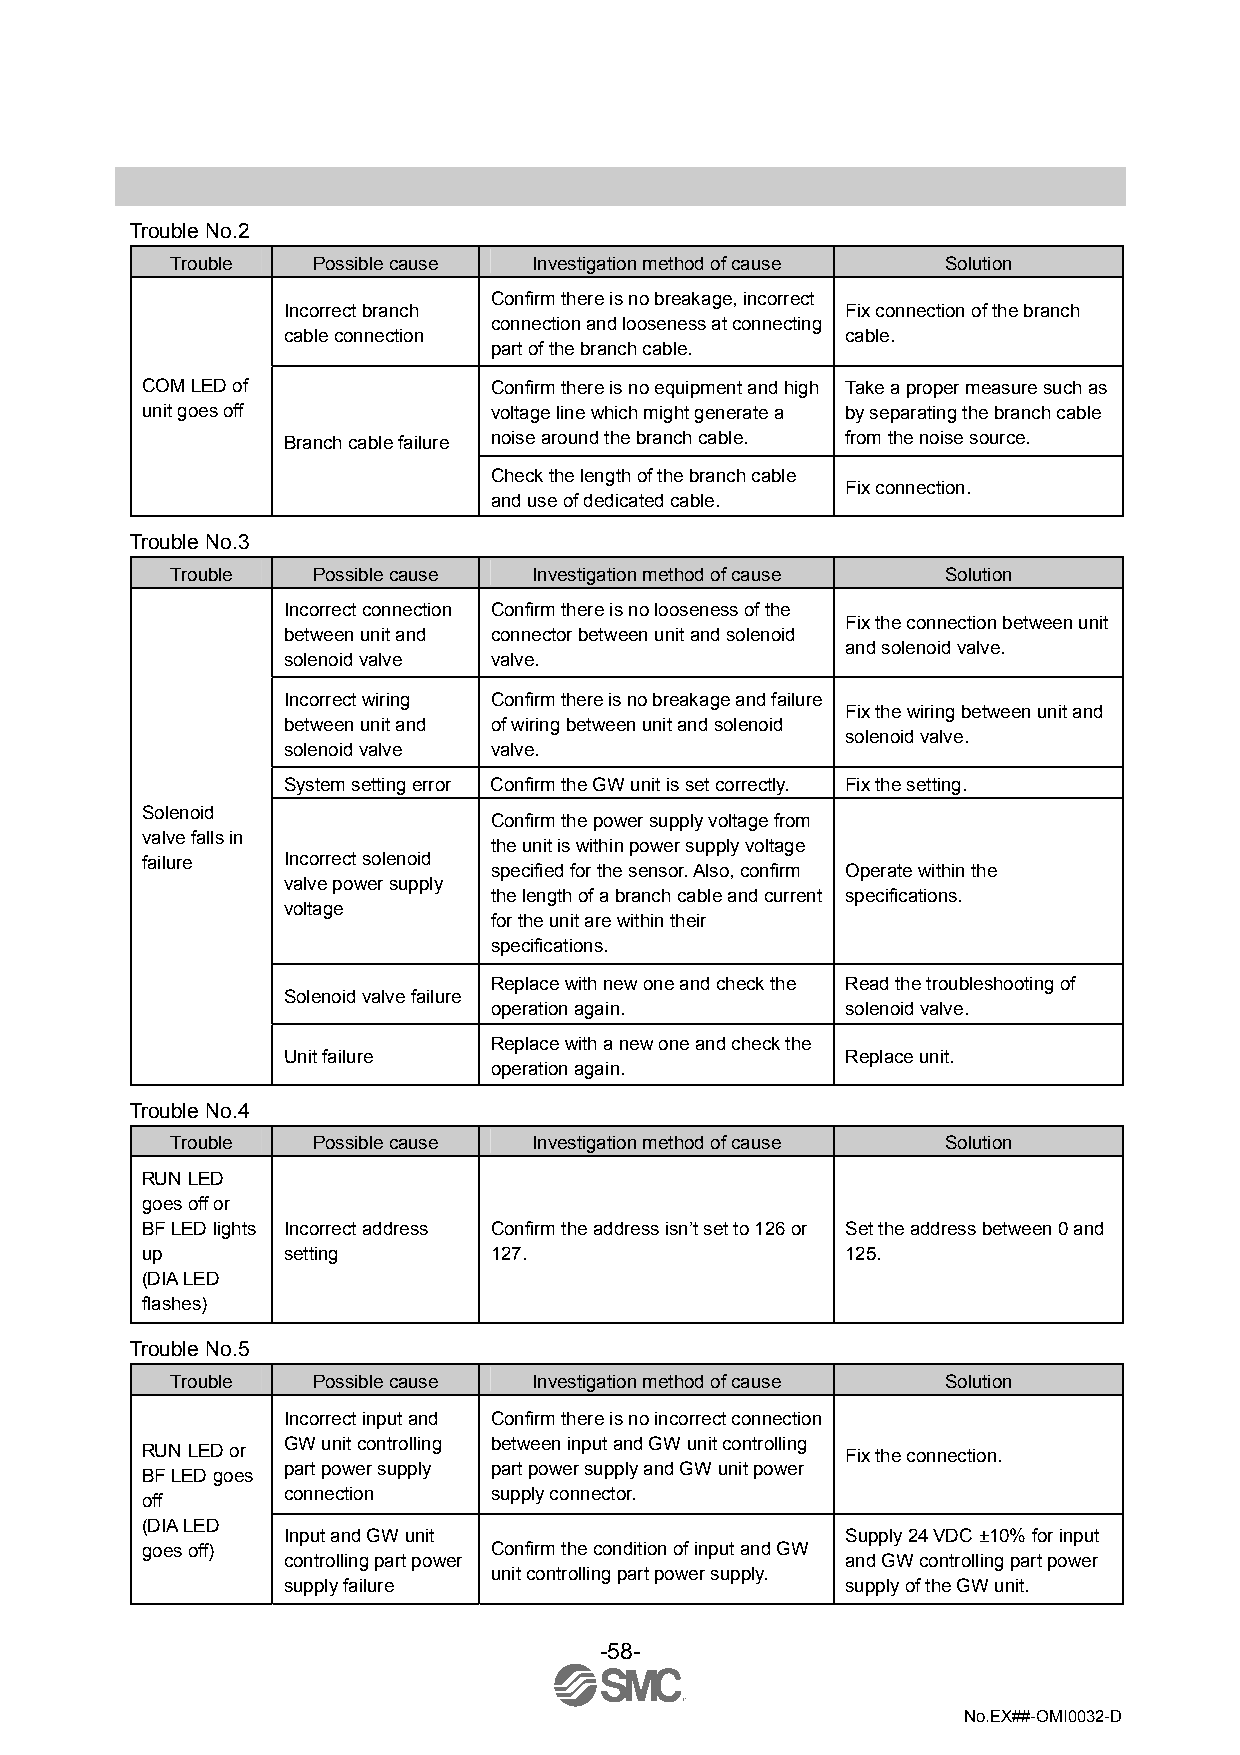
Trouble No.2
 Trouble   Possible cause Investigation method of cause Solution
 Confirm there is no breakage, incorrect
 Incorrect branch                     Fix connection of the branch
 connection and looseness at connecting
 cable connection                     cable.
 part of the branch cable.
 COM LED of             Confirm there is no equipment and high Take a proper measure such as
 unit goes off          voltage line which might generate a by separating the branch cable
 Branch cable failure noise around the branch cable. from the noise source.
 Check the length of the branch cable
 Fix connection.
 and use of dedicated cable.
 Trouble No.3
 Trouble   Possible cause Investigation method of cause Solution
 Incorrect connection Confirm there is no looseness of the
 Fix the connection between unit
 between unit and connector between unit and solenoid
 and solenoid valve.
 solenoid valve valve.
 Incorrect wiring Confirm there is no breakage and failure
 Fix the wiring between unit and
 between unit and of wiring between unit and solenoid
 solenoid valve.
 solenoid valve valve.
 System setting error Confirm the GW unit is set correctly. Fix the setting.
 Solenoid
 Confirm the power supply voltage from
 valve falls in
 the unit is within power supply voltage
 failure   Incorrect solenoid
 specified for the sensor. Also, confirm Operate within the
 valve power supply
 the length of a branch cable and current specifications.
 voltage
 for the unit are within their
 specifications.
 Replace with new one and check the Read the troubleshooting of
 Solenoid valve failure
 operation again.        solenoid valve.
 Replace with a new one and check the
 Unit failure                         Replace unit.
 operation again.
 Trouble No.4
 Trouble   Possible cause Investigation method of cause Solution
 RUN LED
 goes off or
 BF LED lights Incorrect address Confirm the address isn’t set to 126 or Set the address between 0 and
 up        setting      127.                    125.
 (DIA LED
 flashes)
 Trouble No.5
 Trouble   Possible cause Investigation method of cause Solution
 Incorrect input and Confirm there is no incorrect connection
 GW unit controlling between input and GW unit controlling
 RUN LED or                                     Fix the connection.
 part power supply part power supply and GW unit power
 BF LED goes
 connection   supply connector.
 off
 (DIA LED
 Input and GW unit                    Supply 24 VDC ±10% for input
 goes off)              Confirm the condition of input and GW
 controlling part power               and GW controlling part power
 unit controlling part power supply.
 supply failure                       supply of the GW unit.
 -58-
 No.EX##-OMI0032-D